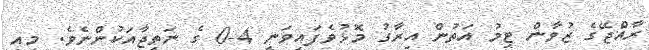
ރާއްޖޭގެ ޒުވާން ޓީމު އަތުން އިރާގު މޮޅުވެފައިވަނީ 4-0 ގެ ނަތީޖާއަކުންނެވެ. މިއީ